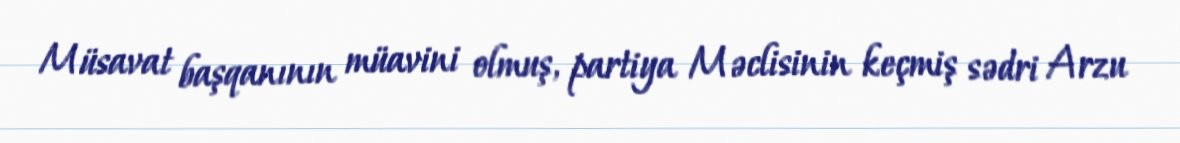
Müsavat başqanının müavini olmuş, partiya Məclisinin keçmiş sədri Arzu